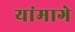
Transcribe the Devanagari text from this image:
यांमागे